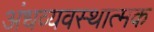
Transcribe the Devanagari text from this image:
अंधव्यवस्थात्मक